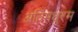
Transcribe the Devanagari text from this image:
अतिमधुरम